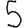
Digit: 5